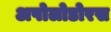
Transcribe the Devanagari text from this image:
अपोलोडोरस